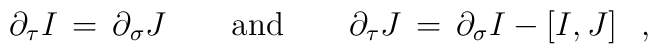
\partial_\tau I \,=\, \partial_\sigma J \qquad \mbox{and} \qquad\partial_\tau J \,=\, \partial _\sigma I - \left[I,J\right]\;\;,